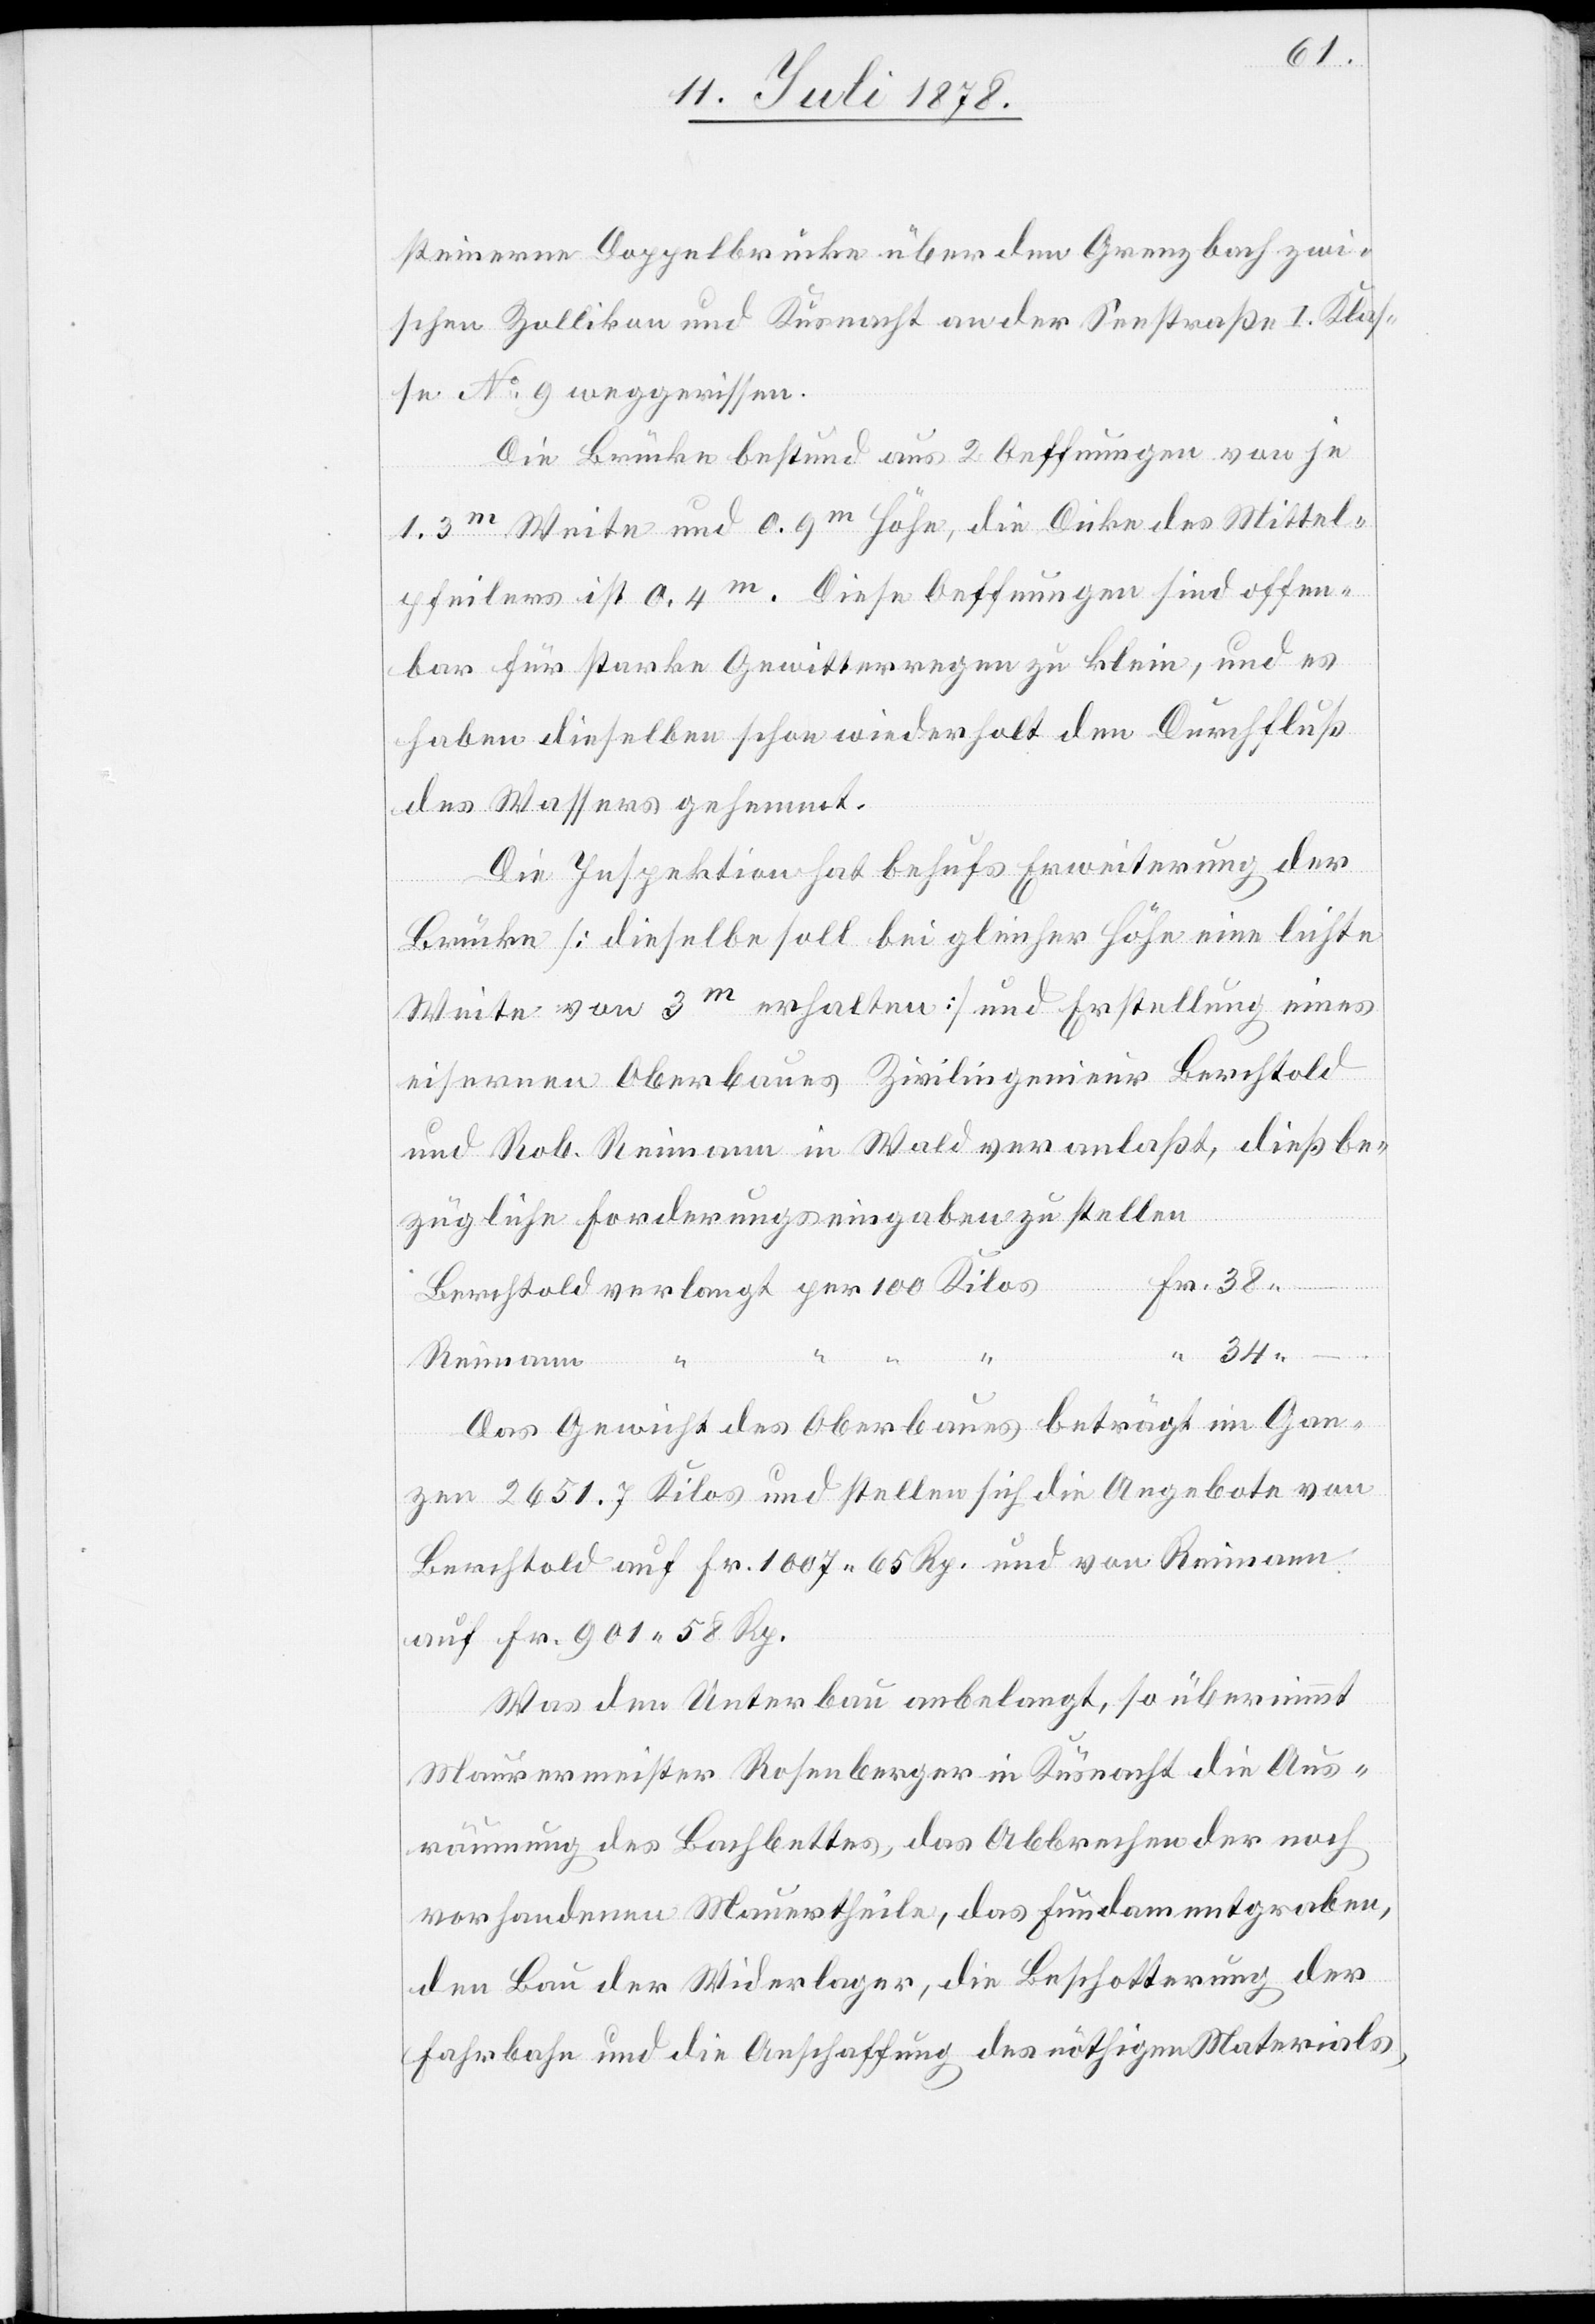
steinerne Doppelbrücke über den Grenzbach zwi¬
schen Zollikon und Küsnacht an der Seestraße I. Klas¬
se No 9 weggerissen.
Die Brücke bestund aus 2 Oeffnungen von je
pfeilers ist 0.4m. Diese Oeffnungen sind offen¬
bar für starke Gewitterregen zu klein, und es
haben dieselben schon wiederholt den Durchfluß
des Wassers gehemmt.
Die Inspektion hat behufs Erweiterung der
Brücke [dieselbe soll bei gleicher Höhe eine lichte
Weite von 3m erhalten] und Erstellung eines
eisernen Oberbaues Zivilingenieur Berchtold
und Rob. Reimann in Wald veranlaßt, dießbe¬
zügliche Forderungseingaben zu stellen.
Reimann “
Fr. 38.–
Berchtold verlangt per 100 Kilos
“ 34.–
Das Gewicht des Oberbaues beträgt im Gan¬
zen 2651.7 Kilos und stellen sich die Angebote von
Berchtold auf Fr. 1007 65 Rp. und von Reimann
auf Fr. 901 58 Rp.
Was den Unterbau anbelangt, so übernimmt
Maurermeister Rosenberger in Küsnacht die Aus¬
räumung des Bachbettes, das Abbrechen der noch
vorhandenen Mauertheile, das Fundamentgraben,
den Bau der Widerlager, die Beschotterung der
Fahrhabe und die Anschaffung des nöthigen Materials,